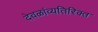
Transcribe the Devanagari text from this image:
देवळांव्यतिरिक्‍त